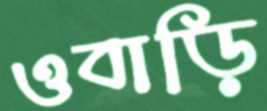
ওবাড়ি